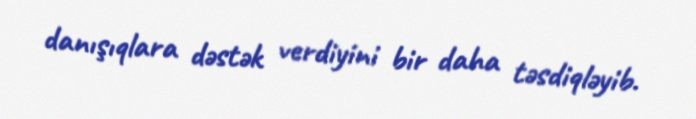
danışıqlara dəstək verdiyini bir daha təsdiqləyib.